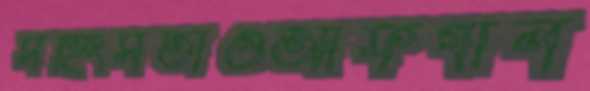
সহিংসতাওআফগান